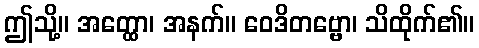
ဤသို့။ အတ္ထော၊ အနက်။ ဝေဒိတဗ္ဗော၊ သိထိုက်၏။